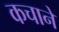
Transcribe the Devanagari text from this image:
कचाने